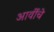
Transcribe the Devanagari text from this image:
आर्वीचे